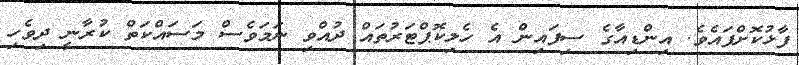
ފާޅުކޮށްފައެވެ. އިންޑިއާގެ ސިފައިން އެ ހެލިކޮޕްޓަރުތައް ދުއްވި ނަމަވެސް މަސައްކަތް ކުރާނީ ދިވެހި